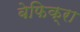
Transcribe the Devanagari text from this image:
बेफिक्रा